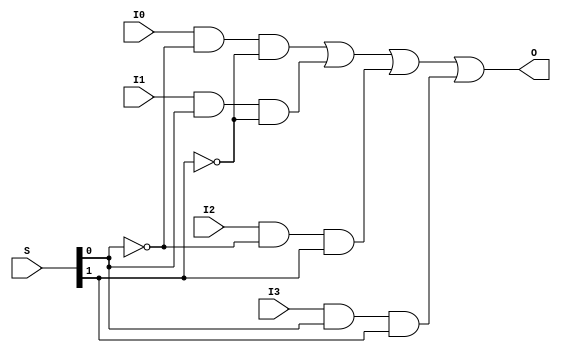
module Multiplexer4to1(O,S,I0,I1,I2,I3);
output O;
input [1:0]S;
input I0,I1,I2,I3;
wire w_0,w_1,w_2,w_3;
wire [1:0]nS;
not not_1(nS[0], S[0]);
not not_2(nS[1], S[1]);
and and_1(w_0,I0,nS[0],nS[1]);
and and_2(w_1,I1,S[0],nS[1]);
and and_3(w_2,I2,nS[0],S[1]);
and and_4(w_3,I3,S[0],S[1]);
or or_1(O, w_0,w_1,w_2,w_3);
endmodule